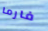
فارما